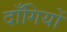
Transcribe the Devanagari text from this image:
दाँगियों